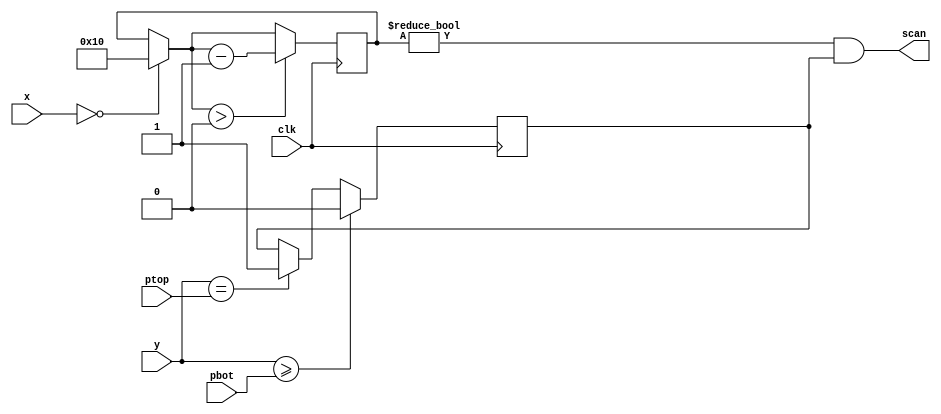
module paddlescan(clk, ptop, pbot, x, y, scan);
	parameter H = 0;
	parameter X = 0;
	input clk;
	input [9:0] ptop;
	input [9:0] pbot;
	input [9:0] x;
	input [9:0] y;
	output scan;

	reg [4:0] scanX;
	reg scanY;
	
	always @(posedge clk) begin
		if (x == X) 
			scanX = 16;
		if (scanX > 0)
			scanX = scanX - 1'b1;
	end
	always @(posedge clk) begin
		if (y == ptop)
			scanY = 1;
		if (y >= pbot)
			scanY = 0;
	end
	assign scan = scanX != 0 && scanY;
endmodule